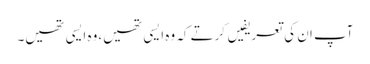
آپ ان کی تعریفیں کرتے کہ وہ ایسی تھیں،وہ ایسی تھیں۔